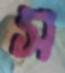
স